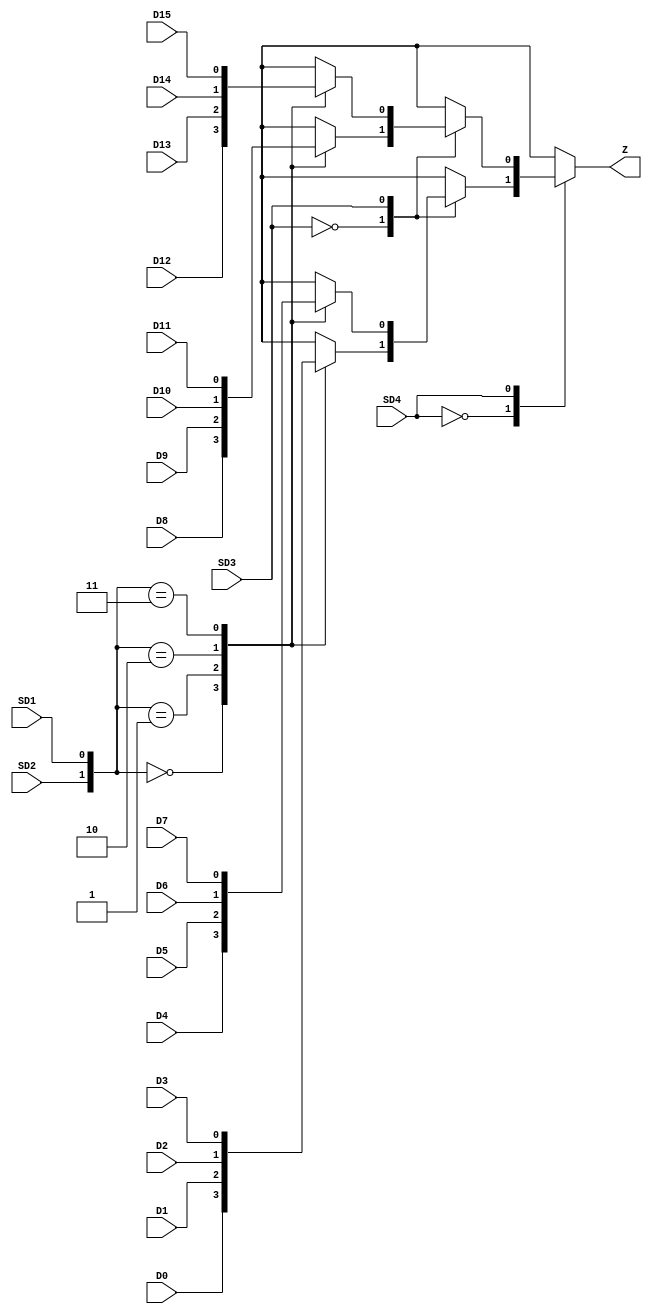
// --------------------------------------------------------------------
// >>>>>>>>>>>>>>>>>>>>>>>>> COPYRIGHT NOTICE <<<<<<<<<<<<<<<<<<<<<<<<<
// --------------------------------------------------------------------
// Copyright (c) 2005 by Lattice Semiconductor Corporation
// --------------------------------------------------------------------
//
//
//                     Lattice Semiconductor Corporation
//                     5555 NE Moore Court
//                     Hillsboro, OR 97214
//                     U.S.A.
//
//                     TEL: 1-800-Lattice  (USA and Canada)
//                          1-408-826-6000 (other locations)
//
//                     web: http://www.latticesemi.com/
//
// --------------------------------------------------------------------
//
// Simulation Library File for SC
//
// $Header: /home/dmsys/pvcs/RCSMigTest/rcs/verilog/pkg/versclibs/data/orca5/RCS/MUX161.v,v 1.2 2005/05/19 19:06:49 pradeep Exp $ 
//
`resetall
`timescale 1 ns / 1 ps

`celldefine

module MUX161 (D0, D1, D2, D3, D4, D5, D6, D7, 
              D8, D9, D10, D11, D12, D13, D14, D15, SD1, SD2, SD3, SD4, Z);
  input  D0, D1, D2, D3, D4, D5, D6, D7, SD1, SD2, SD3, SD4;
  input  D8, D9, D10, D11, D12, D13, D14, D15;
  output Z;
  reg    Zb;
  wire  D0b, D1b, D2b, D3b, D4b, D5b, D6b, D7b, SD1b, SD2b, SD3b, SD4b;
  wire  D8b, D9b, D10b, D11b, D12b, D13b, D14b, D15b;
  wire [3:0] dselect;
  wire [15:0] dinput;

      function DataSame;
        input a, b;
        begin
          if (a === b)
            DataSame = a;
          else
            DataSame = 1'bx;
        end
      endfunction

    function mux41 ;
      input [3:0] din;
      input [1:0] dsel;
      reg   mux41_1, mux41_2;
      begin
        case (dsel)
         2'b00 : mux41 = din[0];
         2'b01 : mux41 = din[1];
         2'b10 : mux41 = din[2];
         2'b11 : mux41 = din[3];
         2'b0x : mux41 = DataSame(din[0], din[1]);
         2'b1x : mux41 = DataSame(din[2], din[3]);
         2'bx0 : mux41 = DataSame(din[2], din[0]);
         2'bx1 : mux41 = DataSame(din[3], din[1]);
         default begin
                 mux41_1 = DataSame(din[1], din[0]);
                 mux41_2 = DataSame(din[3], din[2]);
                 mux41 = DataSame(mux41_1, mux41_2);
                 end
        endcase
      end
    endfunction

    function mux8x1 ;
       input [7:0] din;
       input [2:0] dsel;
       reg   mux81_1, mux81_2;
       begin
        case (dsel[2])
           1'b0  : mux8x1 = mux41(din[3:0], dsel[1:0]);
           1'b1  : mux8x1 = mux41(din[7:4], dsel[1:0]);
           default begin
                   mux81_1 = mux41(din[3:0], dsel[1:0]);
                   mux81_2 = mux41(din[7:4], dsel[1:0]);
                   mux8x1   = DataSame(mux81_1,mux81_2);
                   end
         endcase
       end
    endfunction

    function mux16x1 ;
       input [15:0] din;
       input [3:0] dsel;
       reg   mux161_1, mux161_2;
       begin
        case (dsel[3])
           1'b0  : mux16x1 = mux8x1(din[7:0], dsel[2:0]);
           1'b1  : mux16x1 = mux8x1(din[15:8], dsel[2:0]);
           default begin
                   mux161_1 = mux8x1(din[7:0], dsel[2:0]);
                   mux161_2 = mux8x1(din[15:8], dsel[2:0]);
                   mux16x1   = DataSame(mux161_1,mux161_2);
                   end
         endcase
       end
    endfunction

    assign dselect = {SD4b, SD3b, SD2b, SD1b};
    assign dinput = {D15b, D14b, D13b, D12b, D11b, D10b, D9b, D8b, D7b, D6b, D5b, D4b, D3b, D2b, D1b, D0b};

    always @ (dselect or dinput)
    begin
       Zb = mux16x1((dinput), (dselect));
    end
 
   buf  (D0b, D0);
   buf  (D1b, D1);
   buf  (D2b, D2);
   buf  (D3b, D3);
   buf  (D4b, D4);
   buf  (D5b, D5);
   buf  (D6b, D6);
   buf  (D7b, D7);
   buf  (D8b, D8);
   buf  (D9b, D9);
   buf  (D10b, D10);
   buf  (D11b, D11);
   buf  (D12b, D12);
   buf  (D13b, D13);
   buf  (D14b, D14);
   buf  (D15b, D15);
   buf  (SD1b, SD1);
   buf  (SD2b, SD2);
   buf  (SD3b, SD3);
   buf  (SD4b, SD4);
   buf  (Z, Zb);


endmodule

`endcelldefine